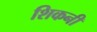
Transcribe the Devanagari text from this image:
शिकनी